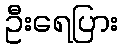
ဦးရေပြား